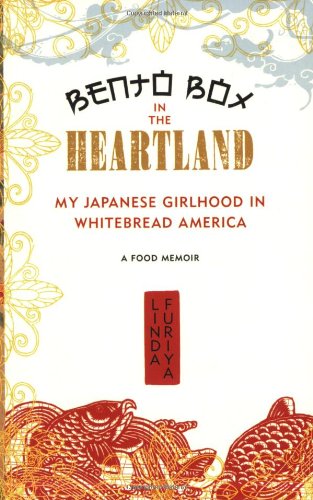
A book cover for Bento Box in the Heartland: My Japanese Girlhood in Whitebread America; Linda Furiya; Cookbooks, Food & Wine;